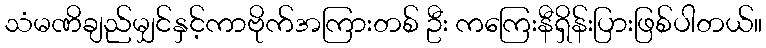
သံမဏိချည်မျှင်နှင့်ကာဗိုက်အကြားတစ် ဦး ကကြေးနီရှိန်းပြားဖြစ်ပါတယ်။